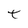
Character: t